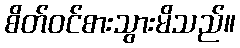
စိတ်ဝင်စားသွားမိသည်။